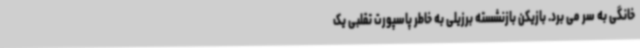
خانگی به سر می برد. بازیکن بازنشسته برزیلی به خاطر پاسپورت تقلبی یک